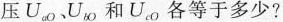
压U_{ao} U_{bo}和U_{co}各等于多少?